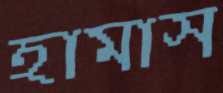
হামাস